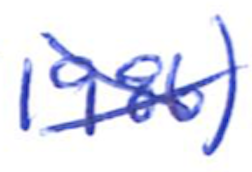
Text: 1986)
Cross-out: cross
Writing tool: ballpoint